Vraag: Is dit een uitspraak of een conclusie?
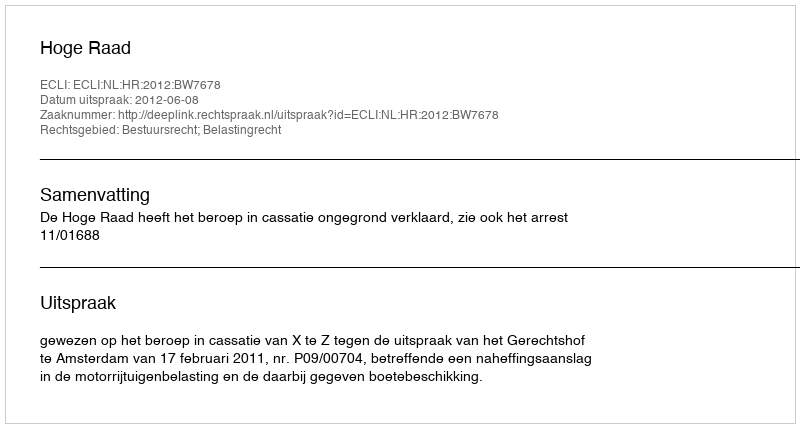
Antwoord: Uitspraak